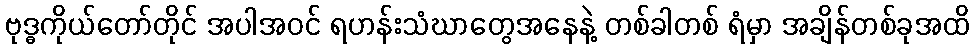
ဗုဒ္ဓကိုယ်တော်တိုင် အပါအဝင် ရဟန်းသံဃာတွေအနေနဲ့ တစ်ခါတစ် ရံမှာ အချိန်တစ်ခုအထိ